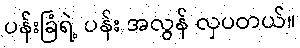
ပန်းခြံရဲ့ ပန်း အလွန် လှပတယ်။